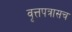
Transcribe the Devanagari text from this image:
वृत्तपत्रासच